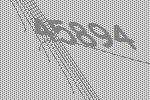
45894